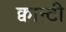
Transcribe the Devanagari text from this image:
क्वान्टी